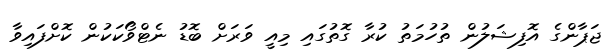
ޖަޕާންގެ އޮފިޝަލުން ތުހުމަތު ކުރާ ގޮތުގައި މިއީ ވަރަށް ބޮޑު ނެޓްވޯކަކުން ކޮށްފައިވާ